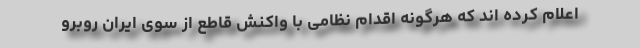
اعلام کرده اند که هرگونه اقدام نظامی با واکنش قاطع از سوی ایران روبرو